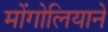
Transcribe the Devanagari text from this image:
मोंगोलियाने